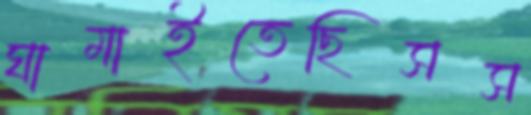
ঘামাইতেছিসস